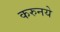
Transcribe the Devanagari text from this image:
करुनये